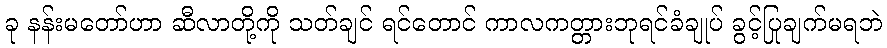
ခု နန်းမတော်ဟာ ဆီလာတို့ကို သတ်ချင် ရင်တောင် ကာလကတ္တားဘုရင်ခံချုပ် ခွင့်ပြုချက်မရဘဲ